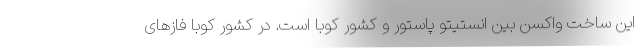
این ساخت واکسن بین انستیتو پاستور و کشور کوبا است. در کشور کوبا فازهای